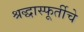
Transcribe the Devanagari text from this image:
श्रद्धास्फूर्तीचे